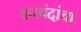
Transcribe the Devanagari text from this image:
करवंदांचा